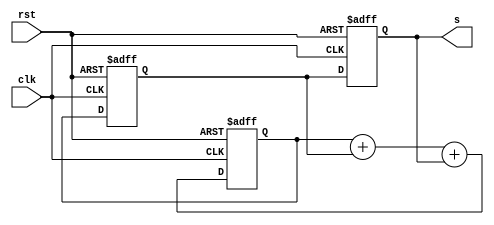
module tribonacci_behav(clk, rst, s);

	input clk, rst;
	output [31:0] s;

	reg [31:0] reg_0;
	reg [31:0] reg_1;
	reg [31:0] reg_2;


	always @(posedge rst or posedge clk)
	begin
		if (rst == 1)
		begin
			reg_0 <= 32'b00000000000000000000000000000000;
			reg_1 <= 32'b00000000000000000000000000000001;
			reg_2 <= 32'b00000000000000000000000000000001;
		end
		else
		begin
			reg_0 <= reg_1;
			reg_1 <= reg_2;
			reg_2 <= reg_2 + reg_1 + reg_0;			
			
		end
	end

	assign s = reg_0;

endmodule